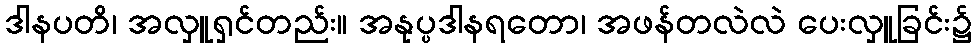
ဒါနပတိ၊ အလှူရှင်တည်း။ အနုပ္ပဒါနရတော၊ အဖန်တလဲလဲ ပေးလှူခြင်း၌